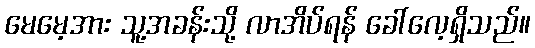
မေမေ့အား သူ့အခန်းသို့ လာအိပ်ရန် ခေါ်လေ့ရှိသည်။